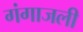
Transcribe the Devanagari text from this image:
गंगाजली